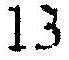
13